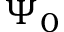
\Psi _ { 0 }